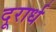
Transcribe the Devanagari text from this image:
दूरार्ध